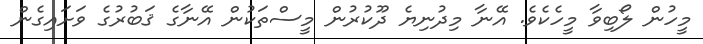
މީހުން ލޯބިވާ މީހެކެވެ. އޭނާ މިދުނިޔެ ދޫކުރުން މީސްތަކުން އޭނާގެ ޤަބުރުގެ ވަށައިގެން